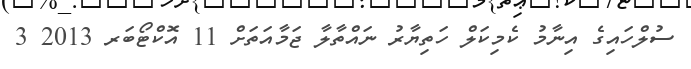
ސުލްހައިގެ އިނާމު ކެމިކަލް ހަތިޔާރު ނައްތާލާ ޖަމާއަތަށް 11 އޮކްޓޯބަރ 2013 3